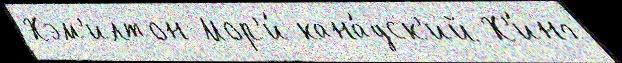
Хэм'илтон Мор'и́ кана́дск'ий Х'́инг